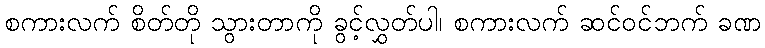
စကားလက် စိတ်တို သွားတာကို ခွင့်လွှတ်ပါ၊ စကားလက် ဆင်ဝင်ဘက် ခဏ